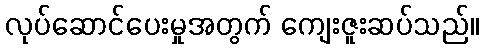
လုပ်ဆောင်ပေးမှုအတွက် ကျေးဇူးဆပ်သည်။